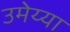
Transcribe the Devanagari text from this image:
उमेय्या